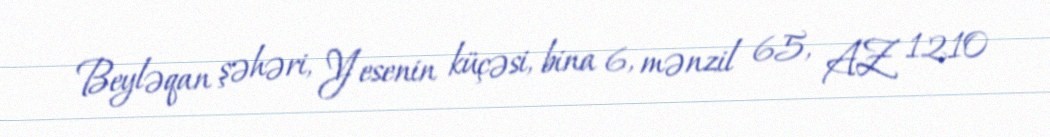
Beyləqan şəhəri, Yesenin küçəsi, bina 6, mənzil 65, AZ 1210